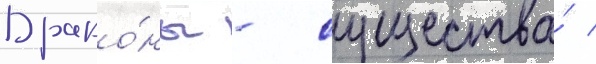
Драко́ны - существа́ /